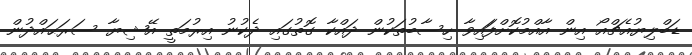
ޑަބްލިޔުއެޗްއޯ އިން އާއްމުކޮށްފަައިވާ ހިސާބުތަކުން ދައްކާ ގޮތުގައި ދެކުނު އިރުމަތީ އޭޝިޔާ ސަރަޙައްދުން